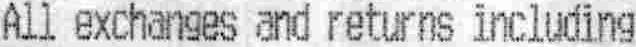
ALL EXCHANGES AND RETURNS INCLUDING